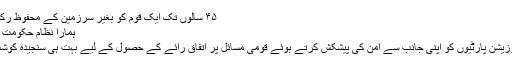
۴۵ سالوں تک ایک قوم کو بغیر سرزمین کے محفوظ رکھنے کی کوشش [مزید پڑھیے]
ہمارا نظامِ حکومت سابقہ نظاموں سے مختلف ہوگا
وزیراعظم شوکت عزیز نے اپوزیشن پارٹیوں کو اپنی جانب سے امن کی پیشکش کرتے ہوئے قومی مسائل پر اتفاقِ رائے کے حصول کے لیے بہت ہی سنجیدہ کوشش کیے جانے کا وعدہ کیا ہے۔